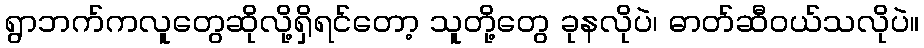
ရွာဘက်ကလူတွေဆိုလို့ရှိရင်တော့ သူတို့တွေ ခုနလိုပဲ၊ ဓာတ်ဆီဝယ်သလိုပဲ။